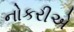
નોકરીએ